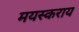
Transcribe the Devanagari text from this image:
मयस्कराय